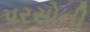
પરસોની